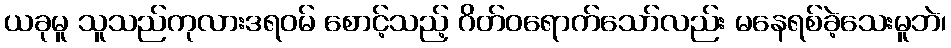
ယခုမူ သူသည်ကုလားဒရဝမ် စောင့်သည့် ဂိတ်ဝရောက်သော်လည်း မနေရစ်ခဲ့သေးမူဘဲ၊